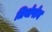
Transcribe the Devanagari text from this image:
लियोपोन